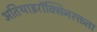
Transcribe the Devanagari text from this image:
अतिथाइरॉक्सिनरक्तता